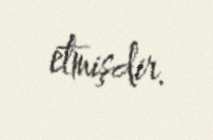
etmişdir.